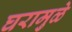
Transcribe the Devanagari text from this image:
घरामुळे